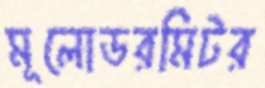
মূলোডরমিটর